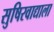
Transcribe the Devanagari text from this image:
सुषिरवाद्याला